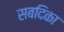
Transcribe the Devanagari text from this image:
सबदिका